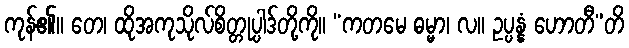
ကုန်၏။ တေ၊ ထိုအကုသိုလ်စိတ္တုပ္ပါဒ်တို့ကို။ “ကတမေ ဓမ္မာ၊ လ။ ဥပ္ပန္နံ ဟောတီ”တိ